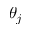
\theta _ { j }